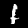
Digit: 1